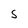
Character: S